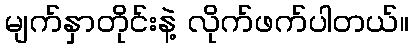
မျက်နှာတိုင်းနဲ့ လိုက်ဖက်ပါတယ်။